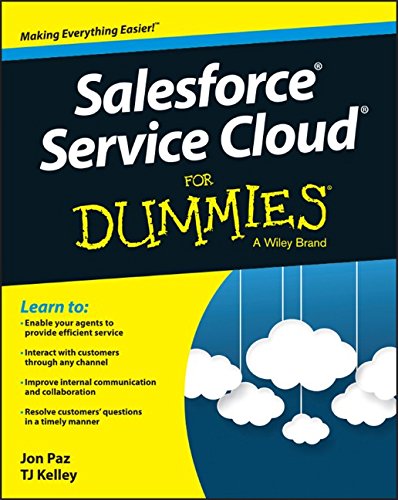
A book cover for Salesforce Service Cloud For Dummies; Jon Paz; Computers & Technology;